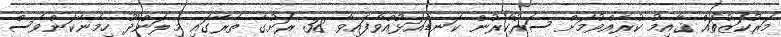
މަރުކަޒުތައް ޤާއިމު ކުރެއްވުމަށް ސަރުކާރުން ކަނޑައަޅުއްވާފައިވާ 38 ރަށުގެ ތެރޭގައި މިލަންދޫ ހިމެނޭކަންވެސް